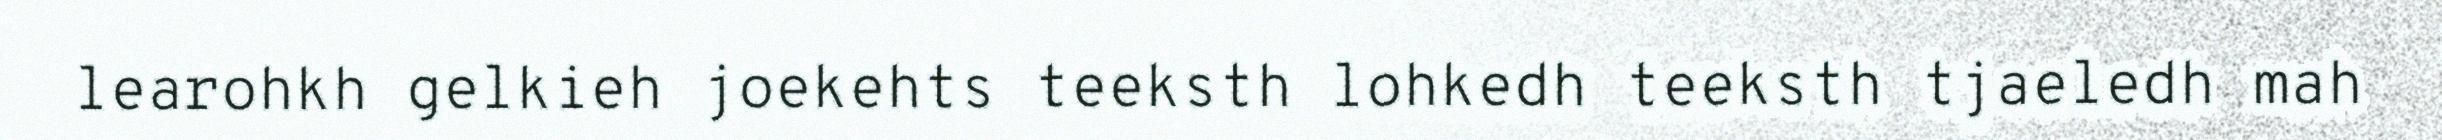
learohkh gelkieh joekehts teeksth lohkedh teeksth tjaeledh mah